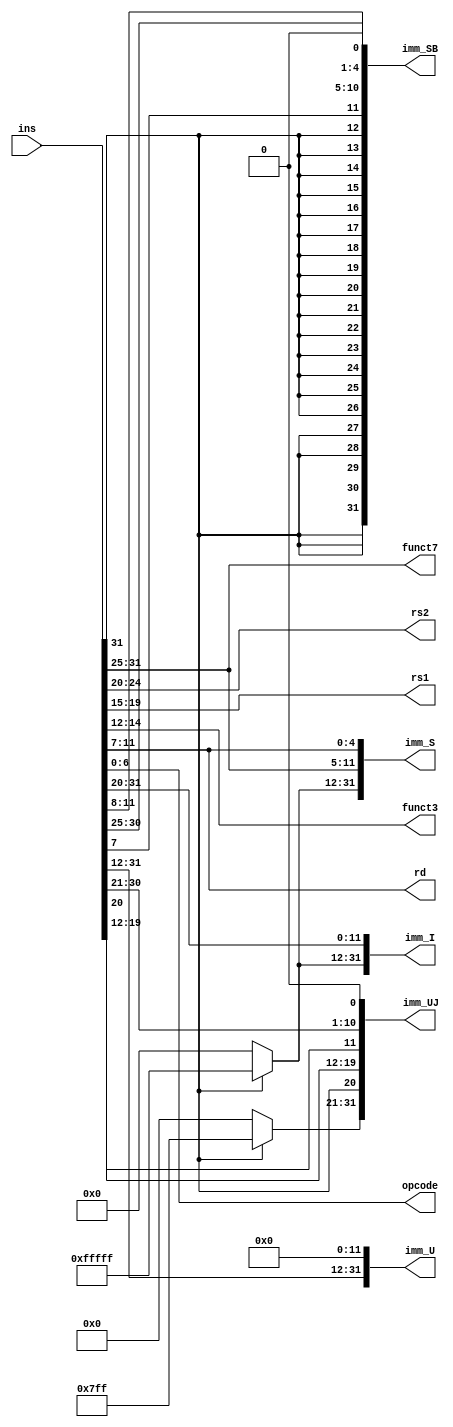
// defines 6 modules that can be instantiated to parse instruction fields of RISC-V instructions.

module Parse (  ins,
                funct7,
                rs2, 
                rs1, 
                funct3, 
                rd, 
                opcode, 
                imm_I, 
                imm_S, 
                imm_SB, 
                imm_U, 
                imm_UJ);

    input [31:0] ins;

    output [6:0] funct7;
    output [4:0] rs1, rs2, rd;
    output [2:0] funct3;
    output [6:0] opcode;

    output [31:0] imm_I, imm_S;
    output [31:0] imm_SB;
    output [31:0] imm_U;
    output [31:0] imm_UJ;

    assign funct7 = ins[31:25];
    assign funct3 = ins[14:12];

    assign rs1 = ins[19:15];
    assign rs2 = ins[24:20];
    assign rd  = ins[11:7];

    assign opcode = ins[6:0];

    assign imm_I[11:0] = ins[31:20];
    assign imm_I[31:12] = ins[31] ? 20'hFFFFF : 20'h00000;

    assign imm_S[11:0] = {ins[31:25],ins[11:7]};
    assign imm_S[31:12] = ins[31] ? 20'hFFFFF : 20'h00000;

    assign imm_SB = {{19{ins[31]}}, ins[31], ins[7], ins[30:25], ins[11:8], 1'b0};
    

    assign imm_U = {ins[31:12], 12'b0};   

    assign imm_UJ[20:0] = {ins[31], ins[19:12], ins[20], ins[30:21], 1'b0};
    assign imm_UJ[31:21] = ins[31] ? 11'b11111111111 : 11'b00000000000;

endmodule